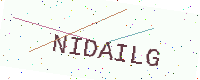
Text: NIDAILG